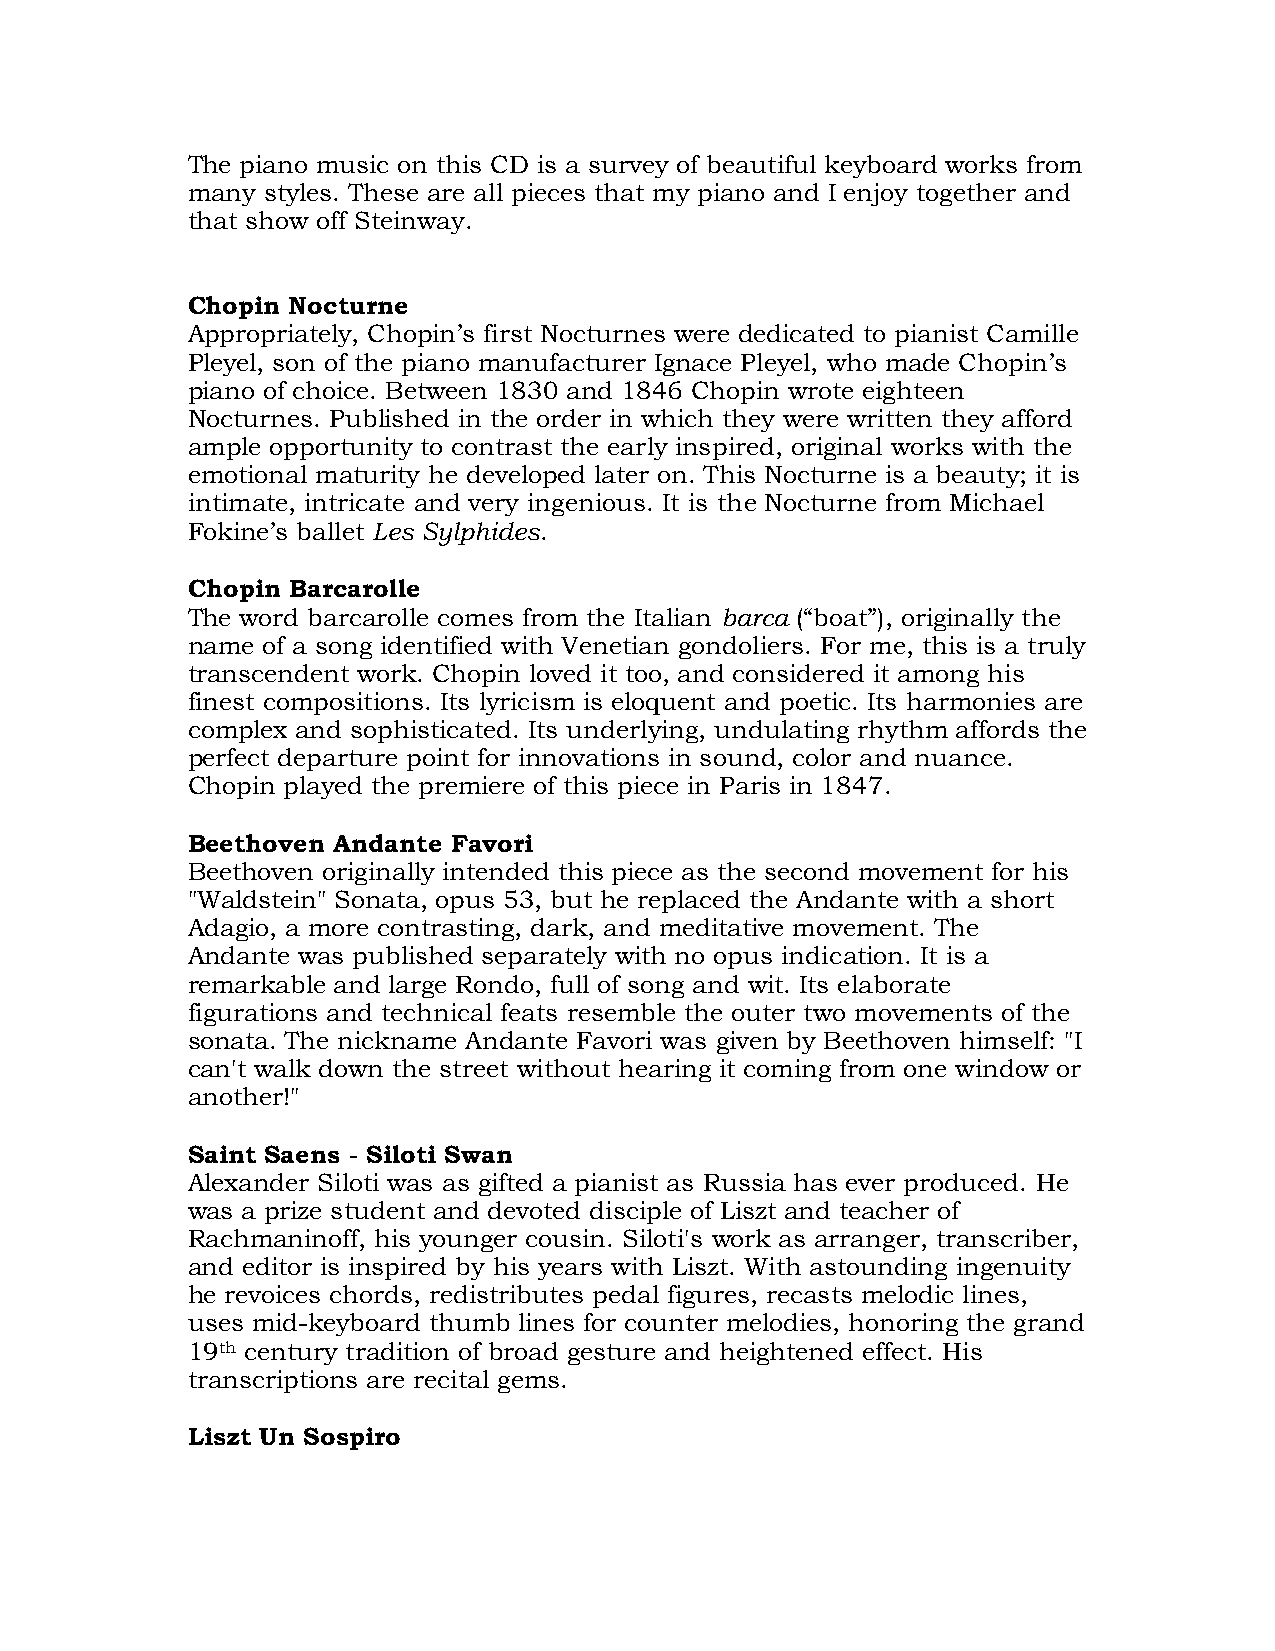
The piano music on this CD is a survey of beautiful keyboard works from
 many styles. These are all pieces that my piano and I enjoy together and
 that show off Steinway.
 Chopin Nocturne
 Appropriately, Chopin’s first Nocturnes were dedicated to pianist Camille
 Pleyel, son of the piano manufacturer Ignace Pleyel, who made Chopin’s
 piano of choice. Between 1830 and 1846 Chopin wrote eighteen
 Nocturnes. Published in the order in which they were written they afford
 ample opportunity to contrast the early inspired, original works with the
 emotional maturity he developed later on. This Nocturne is a beauty; it is
 intimate, intricate and very ingenious. It is the Nocturne from Michael
 Fokine’s ballet Les Sylphides.
 Chopin Barcarolle
 The word barcarolle comes from the Italian barca (“boat”), originally the
 name of a song identified with Venetian gondoliers. For me, this is a truly
 transcendent work. Chopin loved it too, and considered it among his
 finest compositions. Its lyricism is eloquent and poetic. Its harmonies are
 complex and sophisticated. Its underlying, undulating rhythm affords the
 perfect departure point for innovations in sound, color and nuance.
 Chopin played the premiere of this piece in Paris in 1847.
 Beethoven Andante Favori
 Beethoven originally intended this piece as the second movement for his
 "Waldstein" Sonata, opus 53, but he replaced the Andante with a short
 Adagio, a more contrasting, dark, and meditative movement. The
 Andante was published separately with no opus indication. It is a
 remarkable and large Rondo, full of song and wit. Its elaborate
 figurations and technical feats resemble the outer two movements of the
 sonata. The nickname Andante Favori was given by Beethoven himself: "I
 can't walk down the street without hearing it coming from one window or
 another!"
 Saint Saens - Siloti Swan
 Alexander Siloti was as gifted a pianist as Russia has ever produced. He
 was a prize student and devoted disciple of Liszt and teacher of
 Rachmaninoff, his younger cousin. Siloti's work as arranger, transcriber,
 and editor is inspired by his years with Liszt. With astounding ingenuity
 he revoices chords, redistributes pedal figures, recasts melodic lines,
 uses mid-keyboard thumb lines for counter melodies, honoring the grand
 19th century tradition of broad gesture and heightened effect. His
 transcriptions are recital gems.
 Liszt Un Sospiro